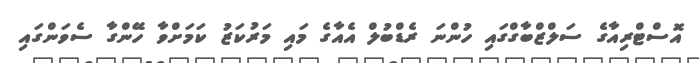
އޮސްޓްރިއާގެ ސަލްޒްބާގްގައި ހުންނަ ރެޑްބުލް އެއާގެ މައި މަރުކަޒު ކަމަށްވާ ހޭންގާ ސެވަންގައި